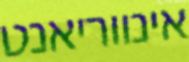
אינווריאנט